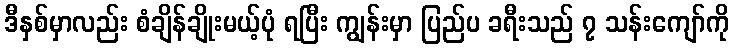
ဒီနှစ်မှာလည်း စံချိန်ချိုးမယ့်ပုံ ရပြီး ကျွန်းမှာ ပြည်ပ ခရီးသည် ၇ သန်းကျော်ကို